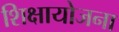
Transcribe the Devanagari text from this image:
शिक्षायोजना